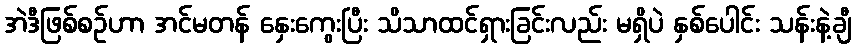
အဲဒီဖြစ်စဉ်ဟာ အင်မတန် နှေးကွေးပြီး သိသာထင်ရှားခြင်းလည်း မရှိပဲ နှစ်ပေါင်း သန်းနဲ့ချီ